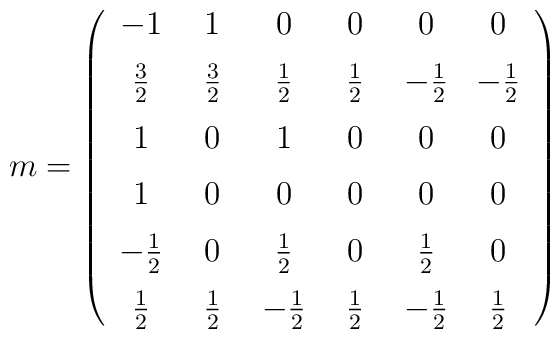
m=\left(\begin{array}{cccccc}-1&\hspace{1.7mm}1\hspace{1.7mm}&0&\hspace{1.7mm}0\hspace{1.7mm}&0&0\\\noalign{\medskip}\frac{3}{2}&\frac{3}{2}&\frac{1}{2}&\frac{1}{2}&-\frac{1}{2}&-\frac{1}{2}\\\noalign{\medskip}1&0&1&0&0&0\\\noalign{\medskip}1&0&0&0&0&0\\\noalign{\medskip}-\textstyle\frac{1}{2}&0&\textstyle\frac{1}{2}&0&\textstyle\frac{1}{2}&0\\\noalign{\medskip}\textstyle\frac{1}{2}&\textstyle\frac{1}{2}&-\textstyle\frac{1}{2}&\textstyle\frac{1}{2}&-\textstyle\frac{1}{2}&\textstyle\frac{1}{2}  \end {array}\right)